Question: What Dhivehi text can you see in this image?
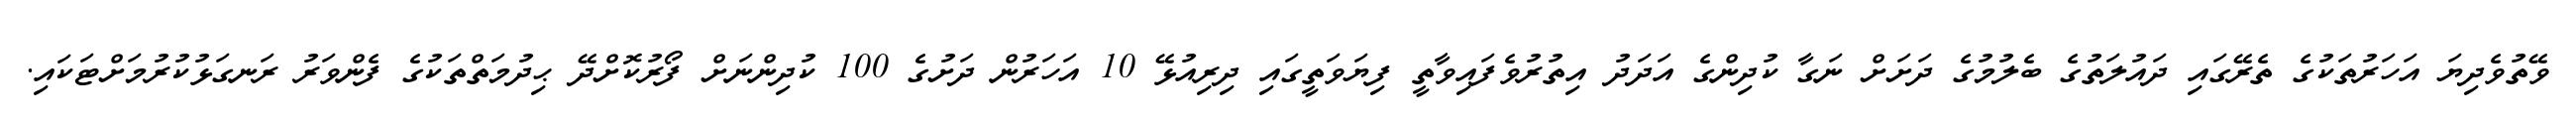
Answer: ވޭތުވެދިޔަ އަހަރުތަކުގެ ތެރޭގައި ދައުލަތުގެ ބެލުމުގެ ދަށަށް ނަގާ ކުދިންގެ އަދަދު އިތުރުވެފައިވާތީ ފިޔަވަތީގައި ދިރިއުޅޭ 10 އަހަރުން ދަށުގެ 100 ކުދިންނަށް ފޯރުކޮށްދޭ ޙިދުމަތްތަކުގެ ފެންވަރު ރަނގަޅުކުރުމަށްޓަކައި.